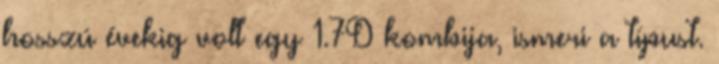
hosszú évekig volt egy 1.7D kombija, ismeri a típust.